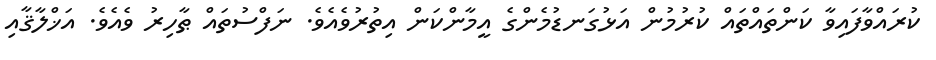
ކުރައްވާފައިވާ ކަންތައްތައް ކުރުމުން އަޅުގަނޑުމެންގެ އީމާންކަން އިތުރުވެއެވެ. ނަފްސުތައް ޠާހިރު ވެއެވެ. އަޚްލާޤާއި